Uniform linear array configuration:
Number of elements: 64
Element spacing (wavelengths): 1
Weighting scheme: hamming
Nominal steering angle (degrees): -15
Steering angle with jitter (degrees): -16.344
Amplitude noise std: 0.05
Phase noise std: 0.05

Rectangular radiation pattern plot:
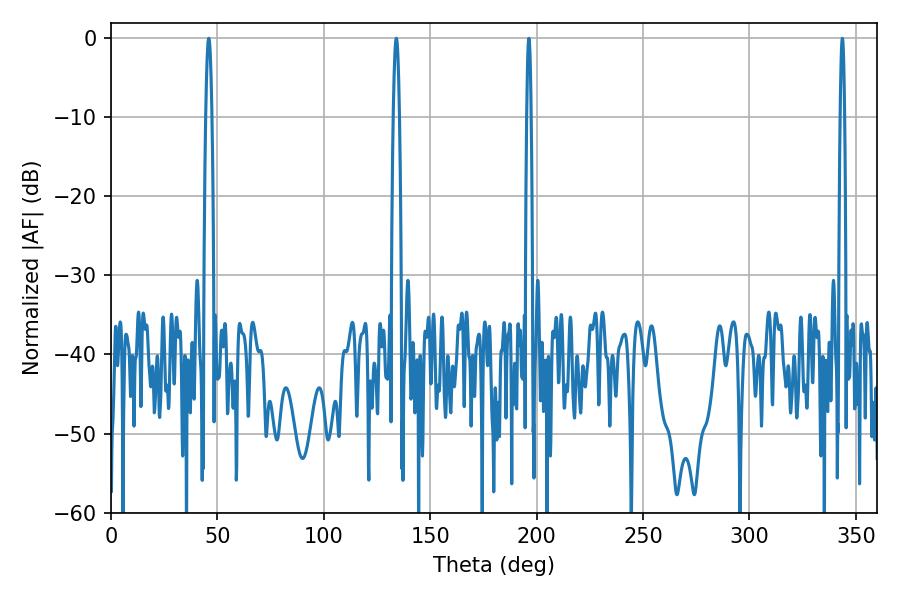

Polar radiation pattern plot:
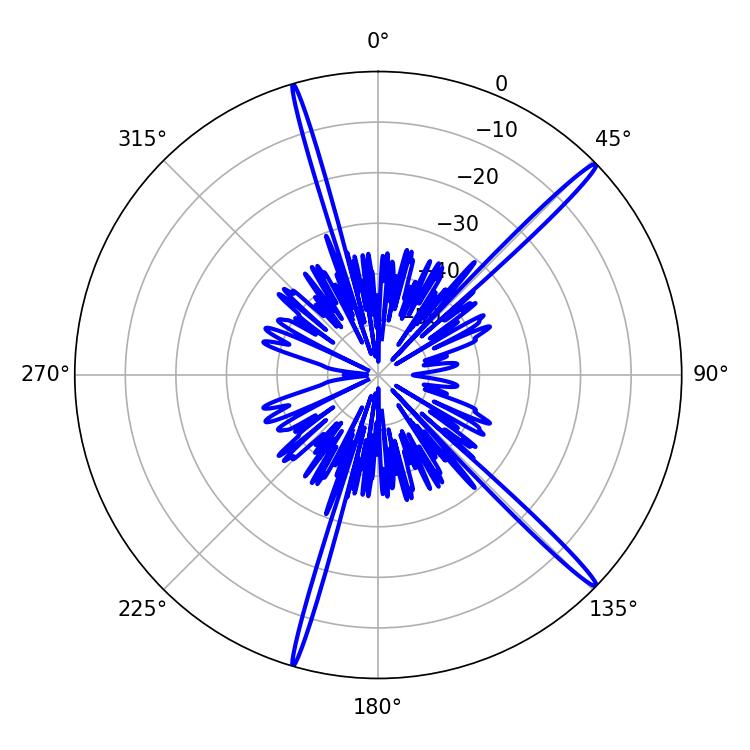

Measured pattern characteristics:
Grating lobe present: TRUE
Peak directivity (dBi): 17.995
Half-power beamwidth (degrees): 1.44
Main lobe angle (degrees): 45.9